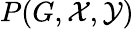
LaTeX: P(G,{\mathcal{X}},{\mathcal{Y}})